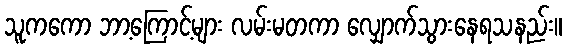
သူကကော ဘာ့ကြောင့်များ လမ်းမတကာ လျှောက်သွားနေရသနည်း။